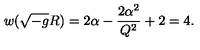
w ( \sqrt { - g } R ) = 2 \alpha - { \frac { 2 \alpha ^ { 2 } } { Q ^ { 2 } } } + 2 = 4 .